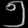
Digit: ၅